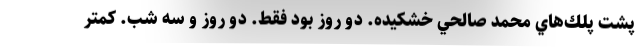
پشت پلك‌هاي محمد صالحي خشكيده. دو روز بود فقط. دو روز و سه شب. كمتر